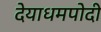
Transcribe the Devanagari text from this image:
देयाधमपोदी